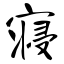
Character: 寝